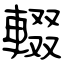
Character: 輟